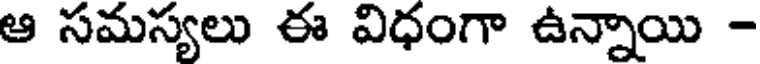
ఆ సమస్యలు ఈ విధంగా ఉన్నాయి -